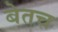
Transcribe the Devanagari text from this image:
बेतच